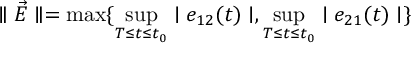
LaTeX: \parallel \vec { E } \parallel = \operatorname * { m a x } \{ \operatorname * { s u p } _ { T \leq t \leq t _ { 0 } } \mid e _ { 1 2 } ( t ) \mid , \operatorname * { s u p } _ { T \leq t \leq t _ { 0 } } \mid e _ { 2 1 } ( t ) \mid \}